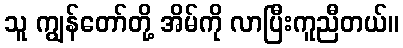
သူ ကျွန်တော်တို့ အိမ်ကို လာပြီးကူညီတယ်။